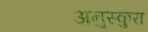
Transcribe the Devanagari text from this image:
अनुस्कुरा